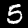
Label: 5